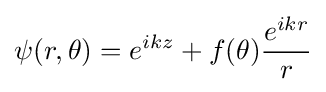
\psi (r,\theta )=e^{ikz}+f(\theta ){\frac {e^{ikr}}{r}}